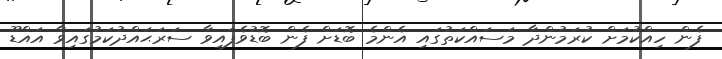
ފެން ހިއްކުމަށް ކުރަމުންދާ މަސައްކަތުގައި އެންމެ ބޮޑަށް ފެން ބޮޑުވެފައިވާ ސަރަޙައްދުކަމުގައިވާ އައްޑޫ